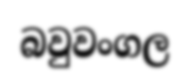
බවුවංගල